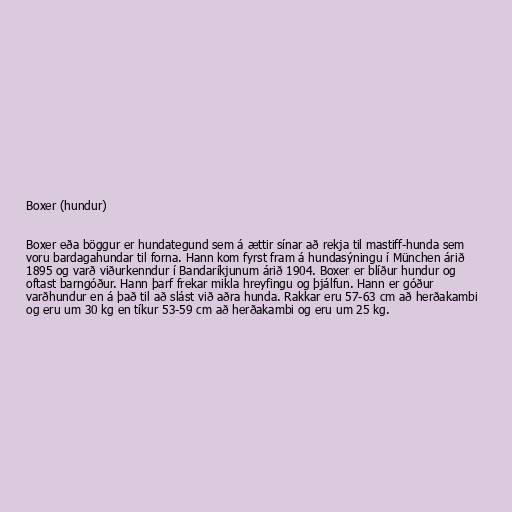
Boxer (hundur)

Boxer eða böggur er hundategund sem á ættir sínar að rekja til mastiff-hunda sem
voru bardagahundar til forna. Hann kom fyrst fram á hundasýningu í München árið
1895 og varð viðurkenndur í Bandaríkjunum árið 1904. Boxer er blíður hundur og
oftast barngóður. Hann þarf frekar mikla hreyfingu og þjálfun. Hann er góður
varðhundur en á það til að slást við aðra hunda. Rakkar eru 57-63 cm að herðakambi
og eru um 30 kg en tíkur 53-59 cm að herðakambi og eru um 25 kg.